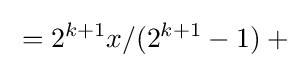
{}=2^{k+1}x/(2^{k+1}-1)+{}